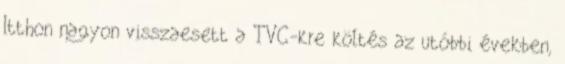
Itthon nagyon visszaesett a TVC-kre költés az utóbbi években,